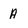
Character: A